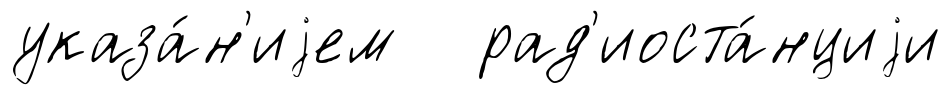
указа́н'иjем рад'иоста́нциjи